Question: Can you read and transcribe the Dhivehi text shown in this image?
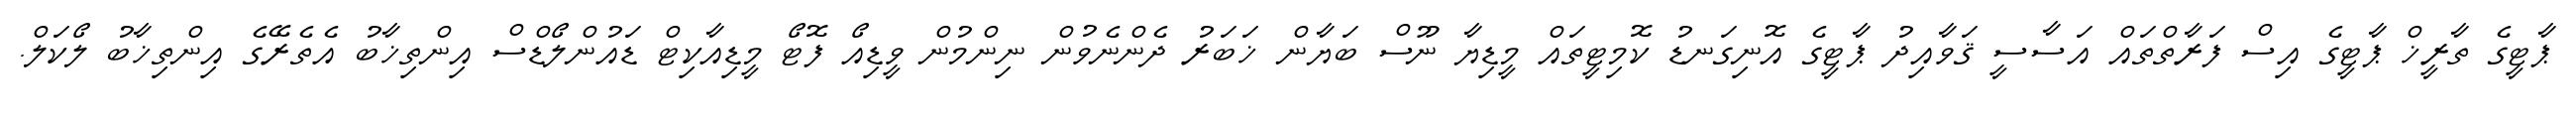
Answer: ޕާޓީގެ ތާރީޚް ޕާޓީގެ އިސް ފަރާތްތައް އަސާސީ ޤަވާއިދު ޕާޓީގެ އޮނިގަނޑު ކޮމިޓީތައް މީޑިޔާ ނޫސް ބަޔާން ޚަބަރު ދެންނެވުން ނިންމުން ވީޑިއޯ ފޮޓޯ މީޑިއާކިޓް ޑައުންލޯޑްސް އިންތިޚާބު އެތެރޭގެ އިންތިޚާބު ލޯކަލް.